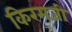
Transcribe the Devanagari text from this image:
किरमजी